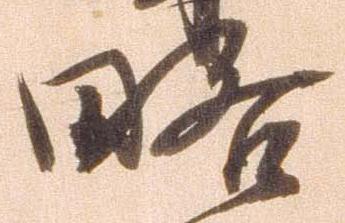
略